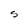
Character: S